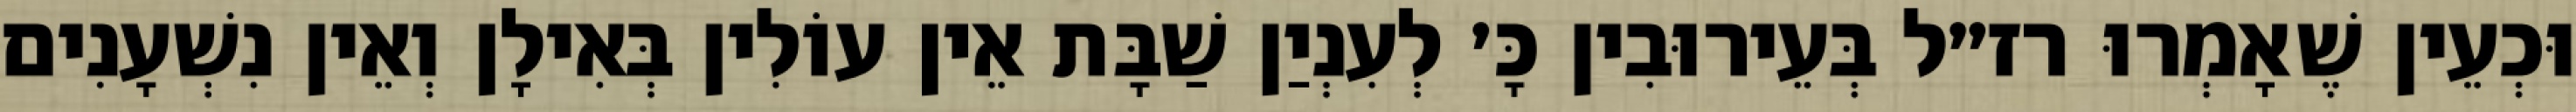
וּכְעֵין שֶׁאָמְרוּ רז״ל בְּעֵירוּבִין כָּ׳ לְעִנְיַן שַׁבָּת אֵין עוֹלִין בְּאִילָן וְאֵין נִשְׁעָנִים